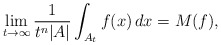
\begin{align*}\lim_{t\to\infty}\frac1{t^n|A|}\int_{A_t}f(x)\,dx=M(f),\end{align*}